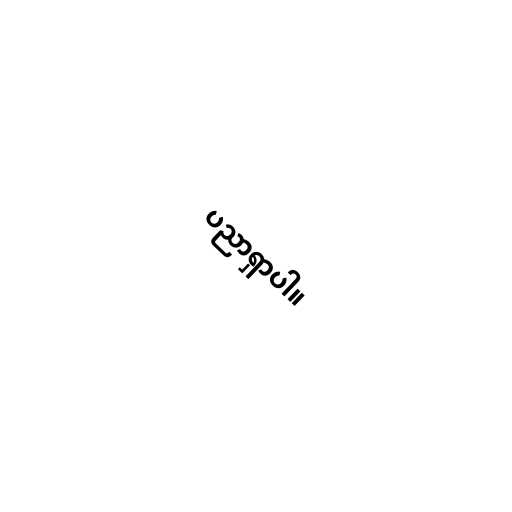
ပညာရှာပါ။